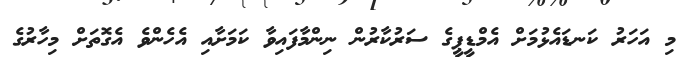
މި އަހަރު ކަނޑައެޅުމަށް އެމްޑީޕީގެ ސަރުކާރުން ނިންމާފައިވާ ކަމަށާއި އެހެންވެ އެގޮތަށް މިހާރުގެ